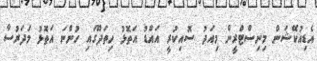
އެޑިއުކޭޝަން މިނިސްޓްރީން މިއަދު ސޮއިކުރީ އައްޑު އަތޮޅު ހިތަދޫގައި ހުންނަ އަތޮޅު މަދަރުސާ